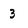
Character: 3